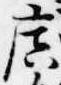
広